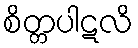
စိတ္တပါဋလိ